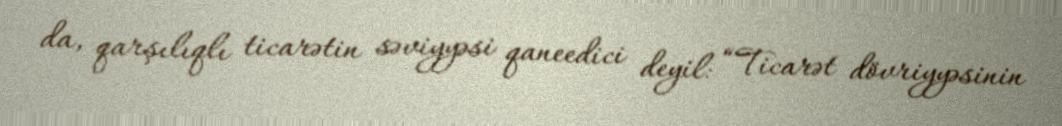
da, qarşılıqlı ticarətin səviyyəsi qaneedici deyil: “Ticarət dövriyyəsinin